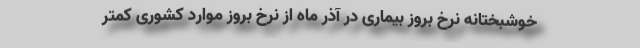
خوشبختانه نرخ بروز بیماری در آذر ماه از نرخ بروز موارد کشوری کمتر